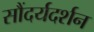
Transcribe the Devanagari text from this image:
सौंदर्यदर्शन